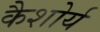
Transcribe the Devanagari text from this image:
कैशोर्य